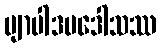
ဗျာပါဒပဒေါသဿ